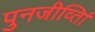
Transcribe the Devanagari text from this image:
पुनजीर्व्ताि